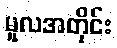
မူလအတိုင်း